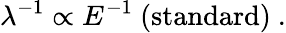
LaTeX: \lambda^{-1}\propto E^{-1}\ \mathrm{(standard)}\ .